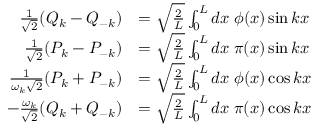
\begin{array} { r l } { \frac { 1 } { \sqrt { 2 } } ( Q _ { k } - Q _ { - k } ) } & { = \sqrt { \frac { 2 } { L } } \int _ { 0 } ^ { L } d x \; \phi ( x ) \sin k x } \\ { \frac { 1 } { \sqrt { 2 } } ( P _ { k } - P _ { - k } ) } & { = \sqrt { \frac { 2 } { L } } \int _ { 0 } ^ { L } d x \; \pi ( x ) \sin k x } \\ { \frac { 1 } { \omega _ { k } \sqrt { 2 } } ( P _ { k } + P _ { - k } ) } & { = \sqrt { \frac { 2 } { L } } \int _ { 0 } ^ { L } d x \; \phi ( x ) \cos k x } \\ { - \frac { \omega _ { k } } { \sqrt { 2 } } ( Q _ { k } + Q _ { - k } ) } & { = \sqrt { \frac { 2 } { L } } \int _ { 0 } ^ { L } d x \; \pi ( x ) \cos k x } \end{array}